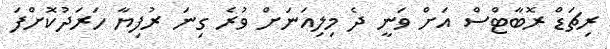
ރިޗަޑް ރޮބާޓްސް އަށް ވަނީ ދެ މިލިއަނަށް ވުރެ ގިނަ ރުފިޔާ ހަރަދުކޮށްފަ